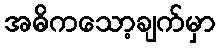
အဓိကသော့ချက်မှာ